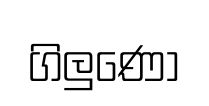
ගිලුණෝ